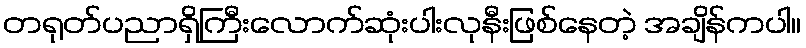
တရုတ်ပညာရှိကြီးလောက်ဆုံးပါးလုနီးဖြစ်နေတဲ့ အချိန်ကပါ။